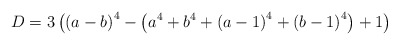
\begin{align*}D=3\left(\left(a-b\right)^{4}-\left(a^{4}+b^{4}+\left(a-1\right)^{4}+\left(b-1\right)^{4}\right)+1\right)\end{align*}